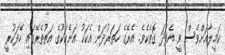
ކަމީލާއަށްވެސް ވީ އެފަދަ ގޮތެކެވެ. އެރޭގެ ހަތަރުދަން އެކަކު އަނެކަކުގެ އަތުތެރޭގައި ހޭދަކުރީ